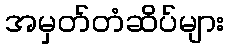
အမှတ်တံဆိပ်များ